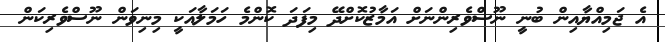
އެ ޖަމިއްޔާއިން ބުނީ ނޫސްވެރިންނަށް އަމާޒުކޮށްދޭ މިފަދަ ކޮންމެ ހަމަލާއަކީ މިނިވަން ނޫސްވެރިކަން